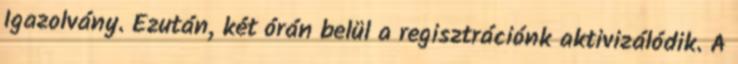
Igazolvány. Ezután, két órán belül a regisztrációnk aktivizálódik. A